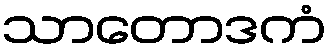
သာတောဒကံ